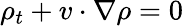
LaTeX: \rho_{t}+v\cdot\nabla\rho=0